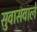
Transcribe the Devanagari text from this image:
सुवासवाले